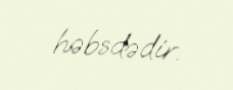
həbsdədir.